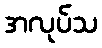
အလုပ်သ